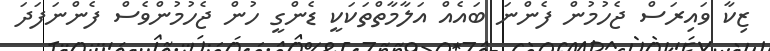
ޒިކާ ވައިރަސް ޖެހުމުން ފެންނަ ބައެއް އަލާމާތްތަކަކީ ޑެންގީ ހުން ޖެހުމުންވެސް ފެންނަފަދަ